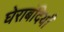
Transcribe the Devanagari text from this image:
घेराबंदियाँ